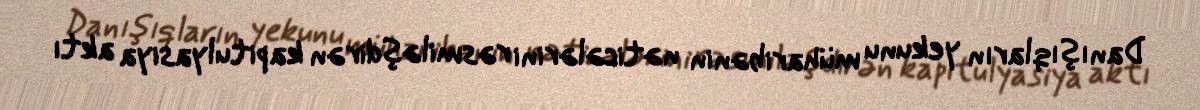
Danışıqların yekunu müharibənin nəticələrini rəsmiləşdirən kapitulyasiya aktı